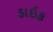
ડાઇક